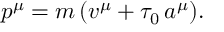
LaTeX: p ^ { \mu } = m \, ( v ^ { \mu } + \tau _ { 0 } \, a ^ { \mu } ) .